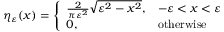
\eta _ { \varepsilon } ( x ) = { \left\{ \begin{array} { l l } { { \frac { 2 } { \pi \varepsilon ^ { 2 } } } { \sqrt { \varepsilon ^ { 2 } - x ^ { 2 } } } , } & { - \varepsilon < x < \varepsilon } \\ { 0 , } & { { \mathrm { o t h e r w i s e } } } \end{array} \right. }